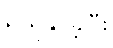
ရယူနိုင်ခဲ့ပြီး